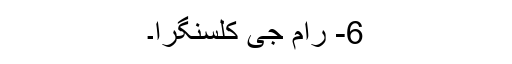
6- رام جی کلسنگرا۔